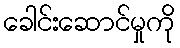
ခေါင်းဆောင်မှုကို